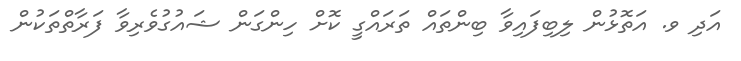
އަދި ވ. އަތޮޅުން ލިބިފައިވާ ބިންތައް ތަރައްގީ ކޮށް ހިންގަން ޝައުގުވެރިވާ ފަރާތްތަކުން